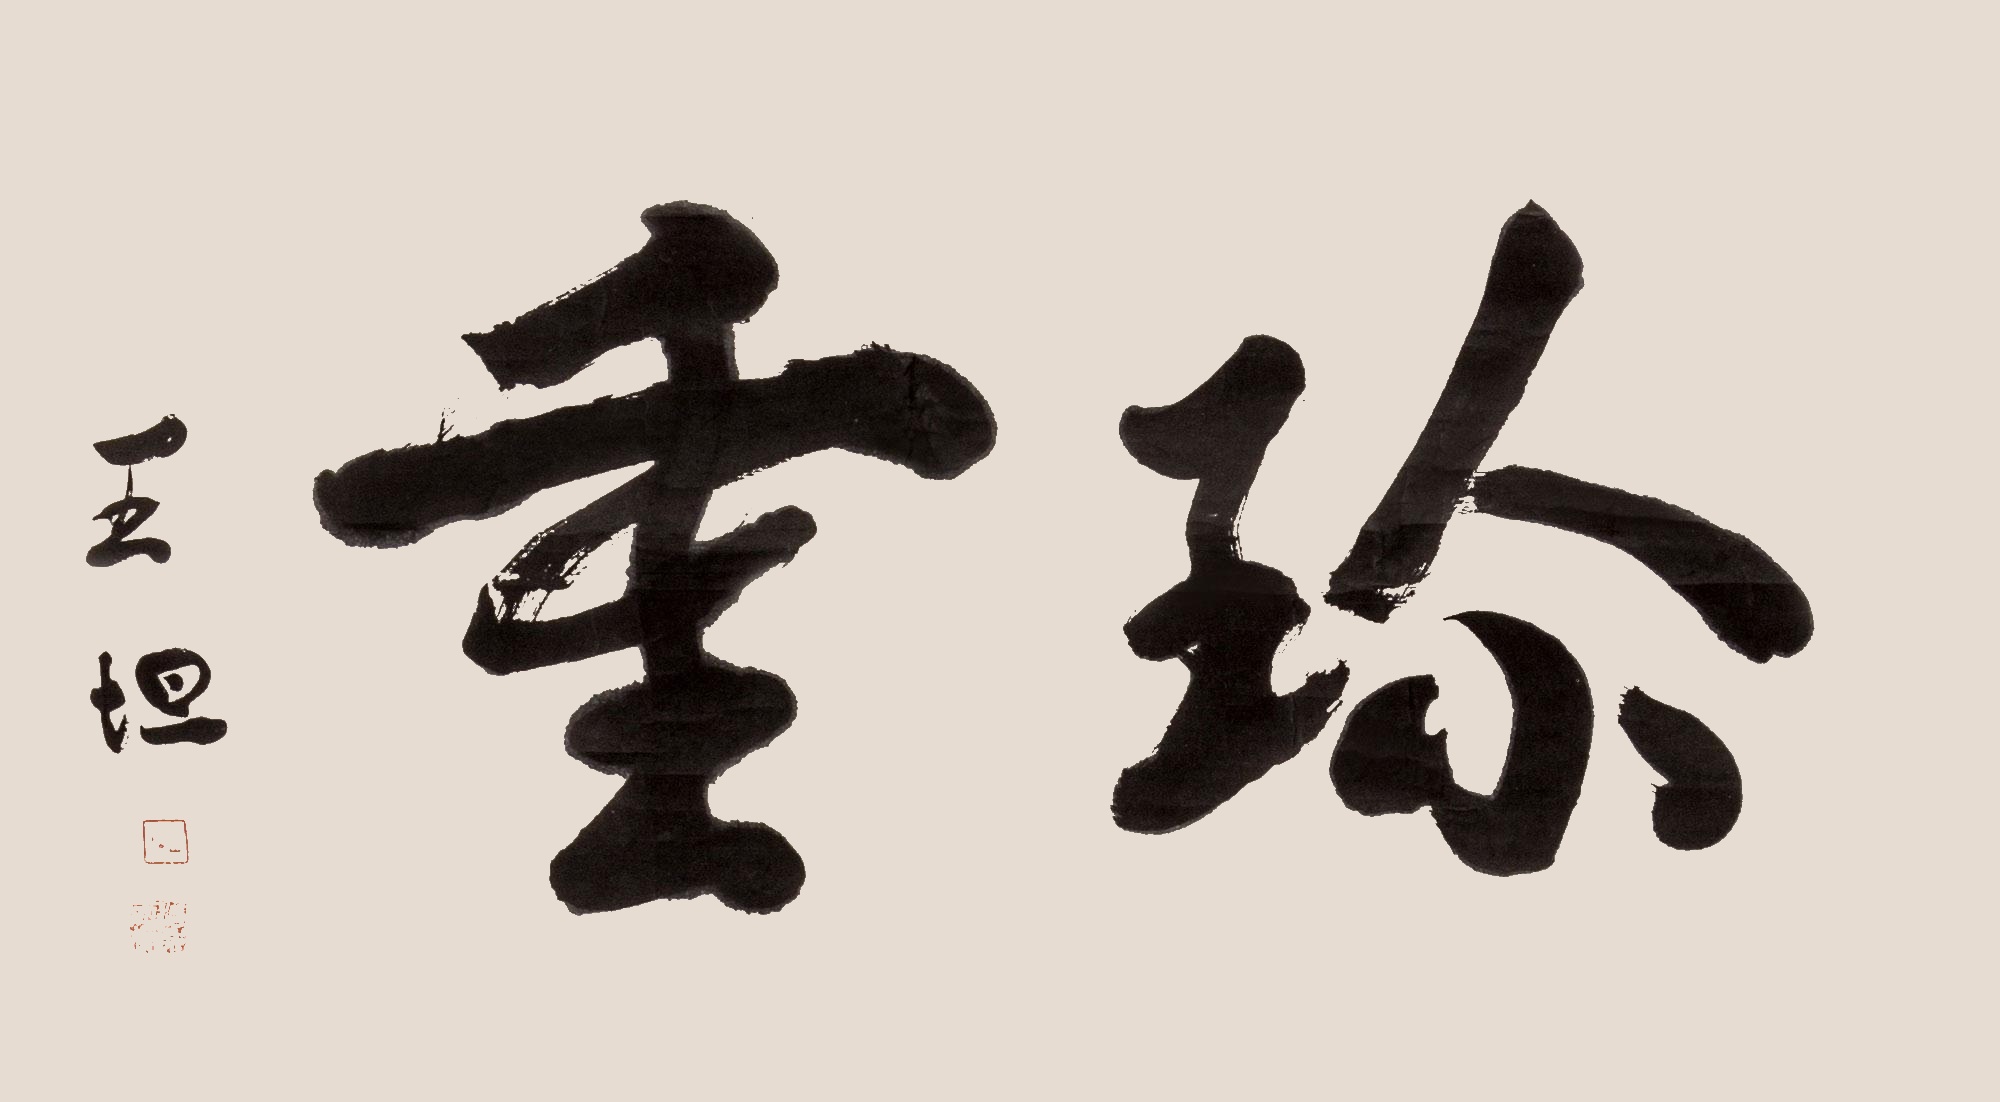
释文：珍重王坦